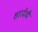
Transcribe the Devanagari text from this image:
शारदेची